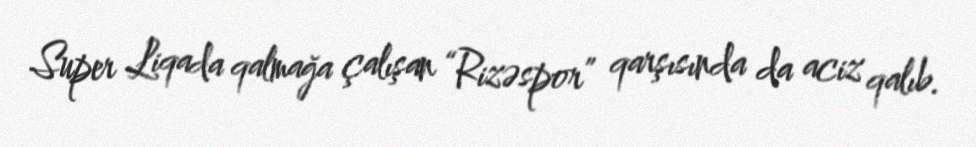
Super Liqada qalmağa çalışan “Rizəspor” qarşısında da aciz qalıb.